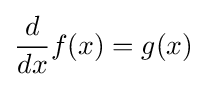
{\frac {d}{dx}}f(x)=g(x)